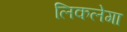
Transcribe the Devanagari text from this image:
लिकलेगा